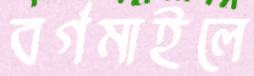
বর্গমাইলে